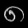
Digit: ၈